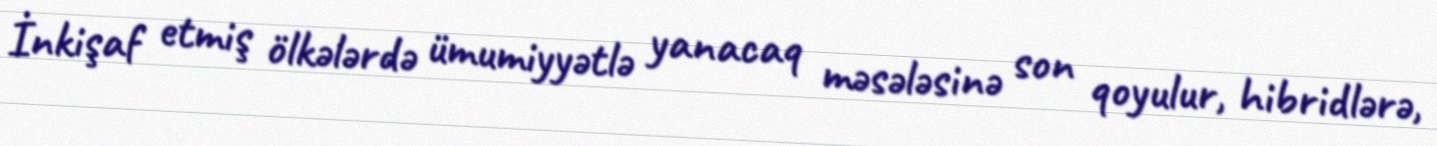
İnkişaf etmiş ölkələrdə ümumiyyətlə yanacaq məsələsinə son qoyulur, hibridlərə,